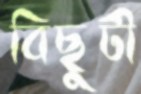
বিছুটী